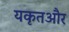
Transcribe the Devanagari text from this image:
यकृतऔर